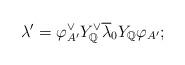
LaTeX: \begin{align*}\lambda'=\varphi_{A'}^\vee Y_{\mathbb{Q}}^\vee\overline{\lambda}_0Y_{\mathbb{Q}}\varphi_{A'};\end{align*}